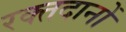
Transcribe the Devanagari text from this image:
रक्तदानों